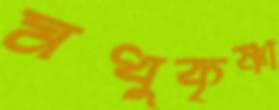
মধুকৃষ্ণা